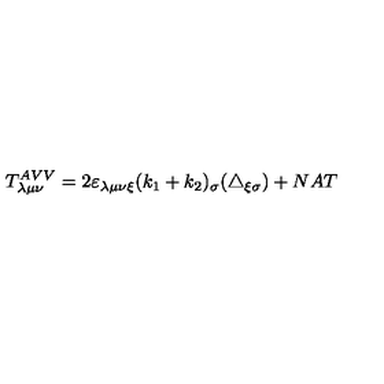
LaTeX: T _ { \lambda \mu \nu } ^ { A V V } = 2 \varepsilon _ { \lambda \mu \nu \xi } ( k _ { 1 } + k _ { 2 } ) _ { \sigma } ( \triangle _ { \xi \sigma } ) + N A T